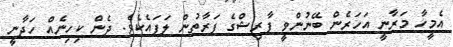
އެމީހާ މަރާނީ އަހަރެން ބޭނުންވީ ފާރިޝްގެ ފަރާތުން ލަފައެކެވެ. ދެން ކިހިނެއް ހަދާނީ